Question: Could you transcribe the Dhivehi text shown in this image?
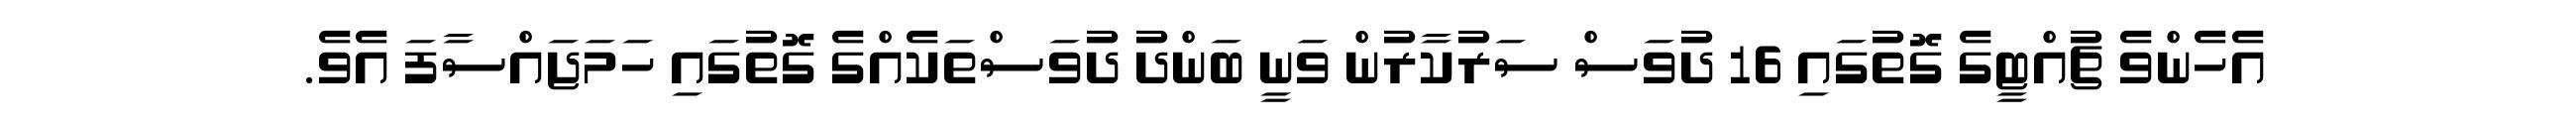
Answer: އެހެންވެ ޗުއްޓީގެ ގޮތުގައި 16 ދުވަސް ސަރުކާރުން ވަނީ ބަންދު ދުވަސްތަކެއްގެ ގޮތުގައި ހަމަޖައްސާފަ އެވެ.